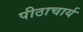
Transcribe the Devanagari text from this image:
पीठाचार्य